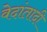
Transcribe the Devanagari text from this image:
वेदांतादी